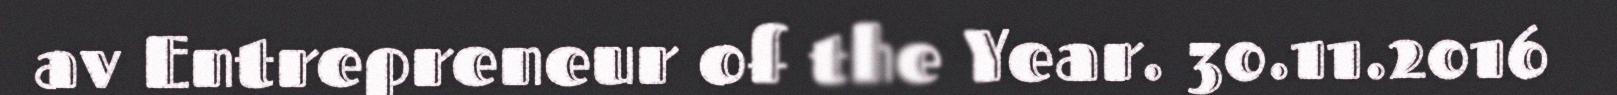
av Entrepreneur of the Year. 30.11.2016